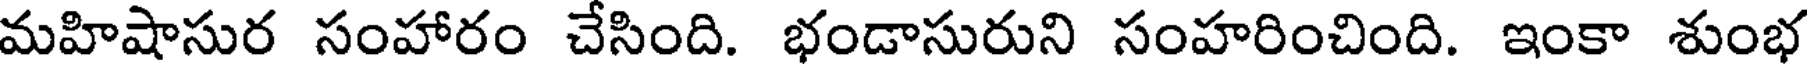
మహిషాసుర సంహారం చేసింది. భండాసురుని సంహరించింది. ఇంకా శుంభ